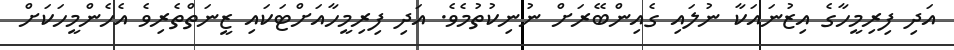
އަދި ފިރިމީހާގެ އިޒުނައަކާ ނުލައި ގެއިންބޭރަށް ނުނިކުތުމެވެ. އަދި ފިރިމީހާއަށްޓަކައި ޒީނަތްތެރިވެ އެހެންމީހަކަށް